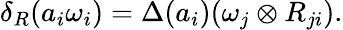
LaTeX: \delta_{R}(a_{i}\omega_{i})=\Delta(a_{i})(\omega_{j}\otimes R_{ji}).